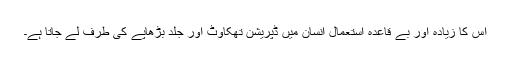
اس کا زیادہ اور بے قاعدہ استعمال انسان میں ڈپریشن تھکاوٹ اور جلد بڑھاپے کی طرف لے جاتا ہے۔